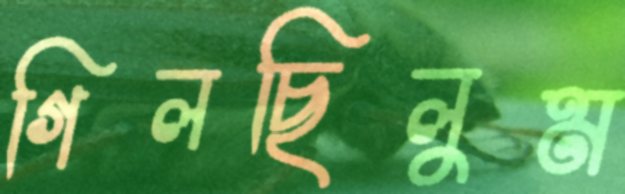
গিলছিলুম